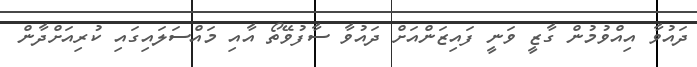
ދައުވާ އިއްވުމުން ގާޒީ ވަނީ ފައިޒަންއަށް ދައުވާ ސާފުވޭތޯ އާއި މައްސަލައިގައި ކުރިއަށްދާން